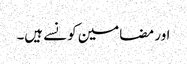
اور مضامین کونسے ہیں۔